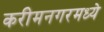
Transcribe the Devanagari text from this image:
करीमनगरमध्ये